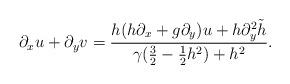
LaTeX: \begin{align*}\partial_xu+\partial_yv=\frac{h(h\partial_x+g\partial_y)u+ h\partial_y^2\tilde{h}}{\gamma(\frac32-\frac12 h^2)+h^2}.\end{align*}